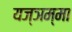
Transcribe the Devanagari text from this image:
यज्ञम्मा